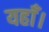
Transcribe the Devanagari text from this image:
यहाँ।